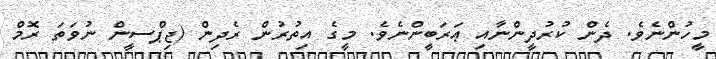
މީހުންނެވެ. ދެން ކުރުދީންނާއި ޢަރަބީންނެވެ. މީގެ އިތުރުން ރެދިން (ޖިޕްސީން ނުވަތަ ރޮމް